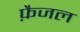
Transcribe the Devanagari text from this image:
फ़ैजल